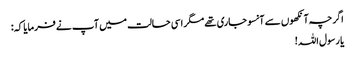
اگرچہ آنکھوں سے آنسو جاری تھے مگر اسی حالت میں آپ نے فرمایا کہ:
یا رسول اللہ!